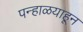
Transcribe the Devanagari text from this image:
पन्हाळयाहून